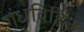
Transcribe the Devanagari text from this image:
गंधविहिन